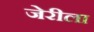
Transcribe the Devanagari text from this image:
जेरीला